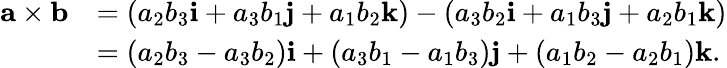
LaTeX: {\begin{array}{rl}{\mathbf{a\times b}}&{=(a_{2}b_{3}\mathbf{i}+a_{3}b_{1}\mathbf{j}+a_{1}b_{2}\mathbf{k})-(a_{3}b_{2}\mathbf{i}+a_{1}b_{3}\mathbf{j}+a_{2}b_{1}\mathbf{k})}\\ &{=(a_{2}b_{3}-a_{3}b_{2})\mathbf{i}+(a_{3}b_{1}-a_{1}b_{3})\mathbf{j}+(a_{1}b_{2}-a_{2}b_{1})\mathbf{k}.}\end{array}}